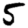
Digit: 5